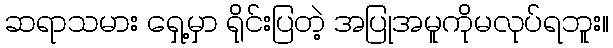
ဆရာသမား ရှေ့မှာ ရိုင်းပြတဲ့ အပြုအမူကိုမလုပ်ရဘူး။